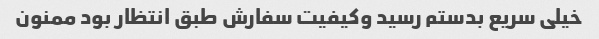
خیلی سریع بدستم رسید و‌کیفیت سفارش طبق انتظار بود ممنون